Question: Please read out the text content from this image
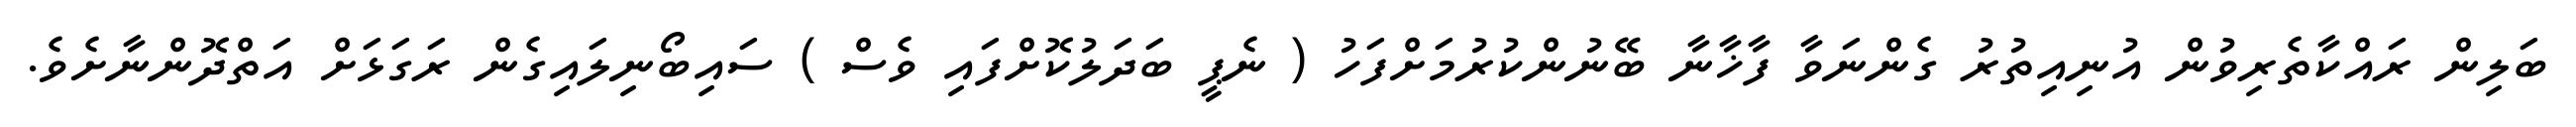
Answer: ބަލިން ރައްކާތެރިވުން އުނިއިތުރު ގެންނަވާ ފާޚާނާ ބޭނުންކުރުމަށްފަހު ( ނެޕީ ބަދަލުކޮށްފައި ވެސް ) ސައިބޯނިލައިގެން ރަގަޅަށް އަތްދޮންނާށެވެ.